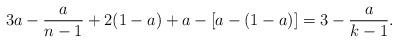
LaTeX: \begin{align*}3a-\frac{a}{n-1}+ 2(1-a) + a - [a-(1-a)]=3-\frac{a}{k-1}.\end{align*}